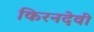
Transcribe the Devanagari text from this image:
किरनदेवी